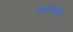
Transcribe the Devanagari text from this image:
एमएआईबी